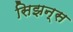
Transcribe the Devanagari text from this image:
सिझन्स